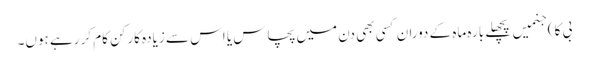
بی کا ) جنمیں پچھلے بارہ ماہ کے دوران کسی بھی دن میں پچاس یا اس سے زیادہ کارکن کام کر رہے ہوں۔